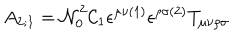
A _ { 2 ; 1 } = { \cal N } _ { 0 } ^ { 2 } { \cal C } _ { 1 } \epsilon ^ { \mu \nu ( 1 ) } \epsilon ^ { \rho \sigma ( 2 ) } T _ { \mu \nu \rho \sigma }